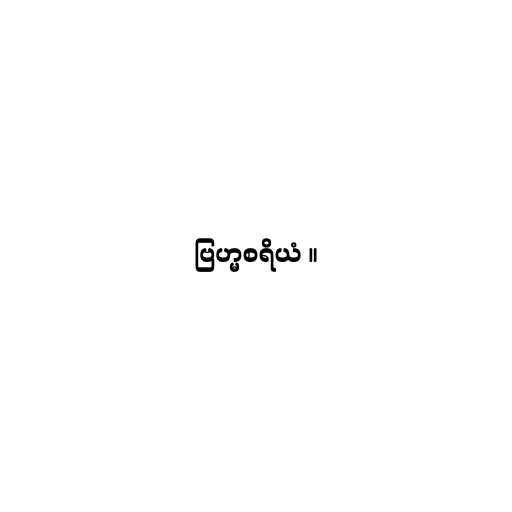
ဗြဟ္မစရိယံ ။